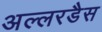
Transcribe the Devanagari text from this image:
अल्लरडैस